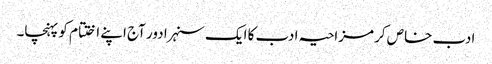
ادب خاص کر مزاحیہ ادب کا ایک سنہرا دور آج اپنے اختتام کو پہنچا۔